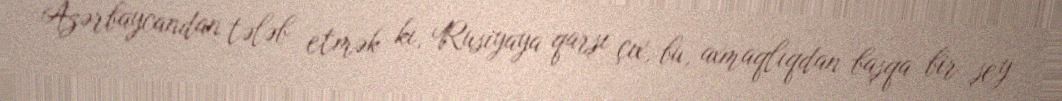
Azərbaycandan tələb etmək ki, Rusiyaya qarşı çıx, bu, axmaqlıqdan başqa bir şey